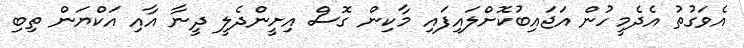
އެވަގުތު އެދެމީހުން އަޖައިބުކޮށްލައިފައި މާކިން ގޮސް އިށީންދެލީ ދީނާ އާއި އަކްޔަން ތިބި